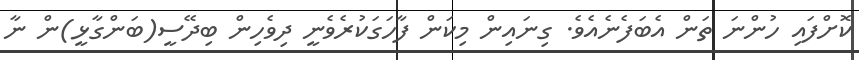
ކޮށްފައި ހުންނަ ތަން އެބަފެނެއެވެ. ގިނައިން މިކަން ފާހަގަކުރެވެނީ ދިވެހިން ބިދޭސީ(ބަންގާޅީ)ން ނާ